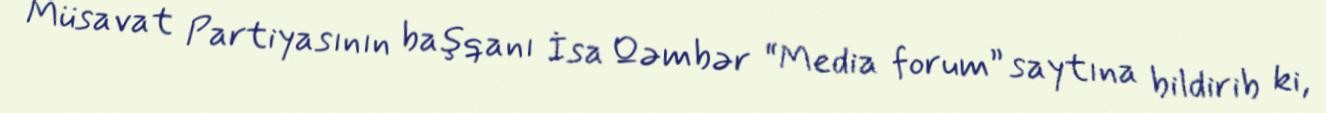
Müsavat Partiyasının başqanı İsa Qəmbər “Media forum” saytına bildirib ki,